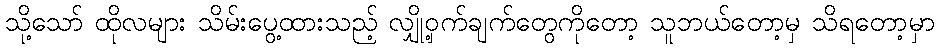
သို့သော် ထိုလများ သိမ်းပွေ့ထားသည့် လျှို့ဝှက်ချက်တွေကိုတော့ သူဘယ်တော့မှ သိရတော့မှာ